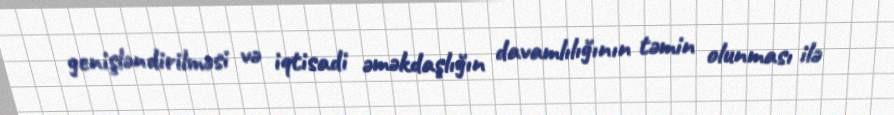
genişləndirilməsi və iqtisadi əməkdaşlığın davamlılığının təmin olunması ilə